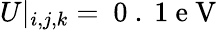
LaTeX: U|_{i,j,k}=\mathrm{~0~.~1~e~V~}